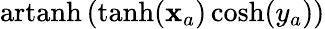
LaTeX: \operatorname{artanh}\left(\operatorname{tanh}(\mathbf{x}_{a})\cosh(y_{a})\right)